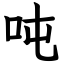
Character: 吨